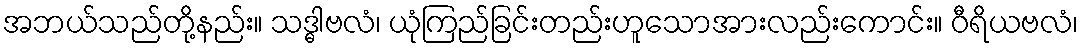
အဘယ်သည်တို့နည်း။ သဒ္ဓါဗလံ၊ ယုံကြည်ခြင်းတည်းဟူသောအားလည်းကောင်း။ ဝီရိယဗလံ၊